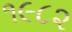
૧૯૮૨